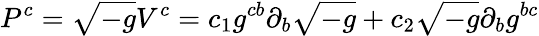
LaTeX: P^{c}=\sqrt{-g}V^{c}=c_{1}g^{cb}\partial_{b}\sqrt{-g}+c_{2}\sqrt{-g}\partial_{b}g^{bc}